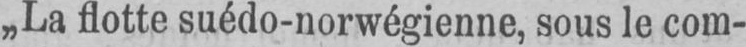
„La flotte suédo-norwégienne, sous le com-